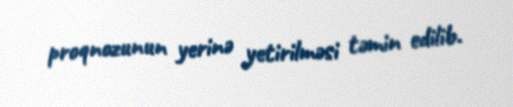
proqnozunun yerinə yetirilməsi təmin edilib.